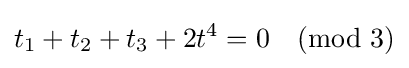
t_{1}+t_{2}+t_{3}+2t^{4}=0{\pmod {3}}